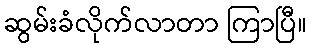
ဆွမ်းခံလိုက်လာတာ ကြာပြီ။